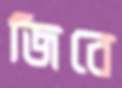
জিবে